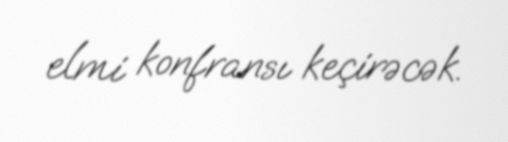
elmi konfransı keçirəcək.